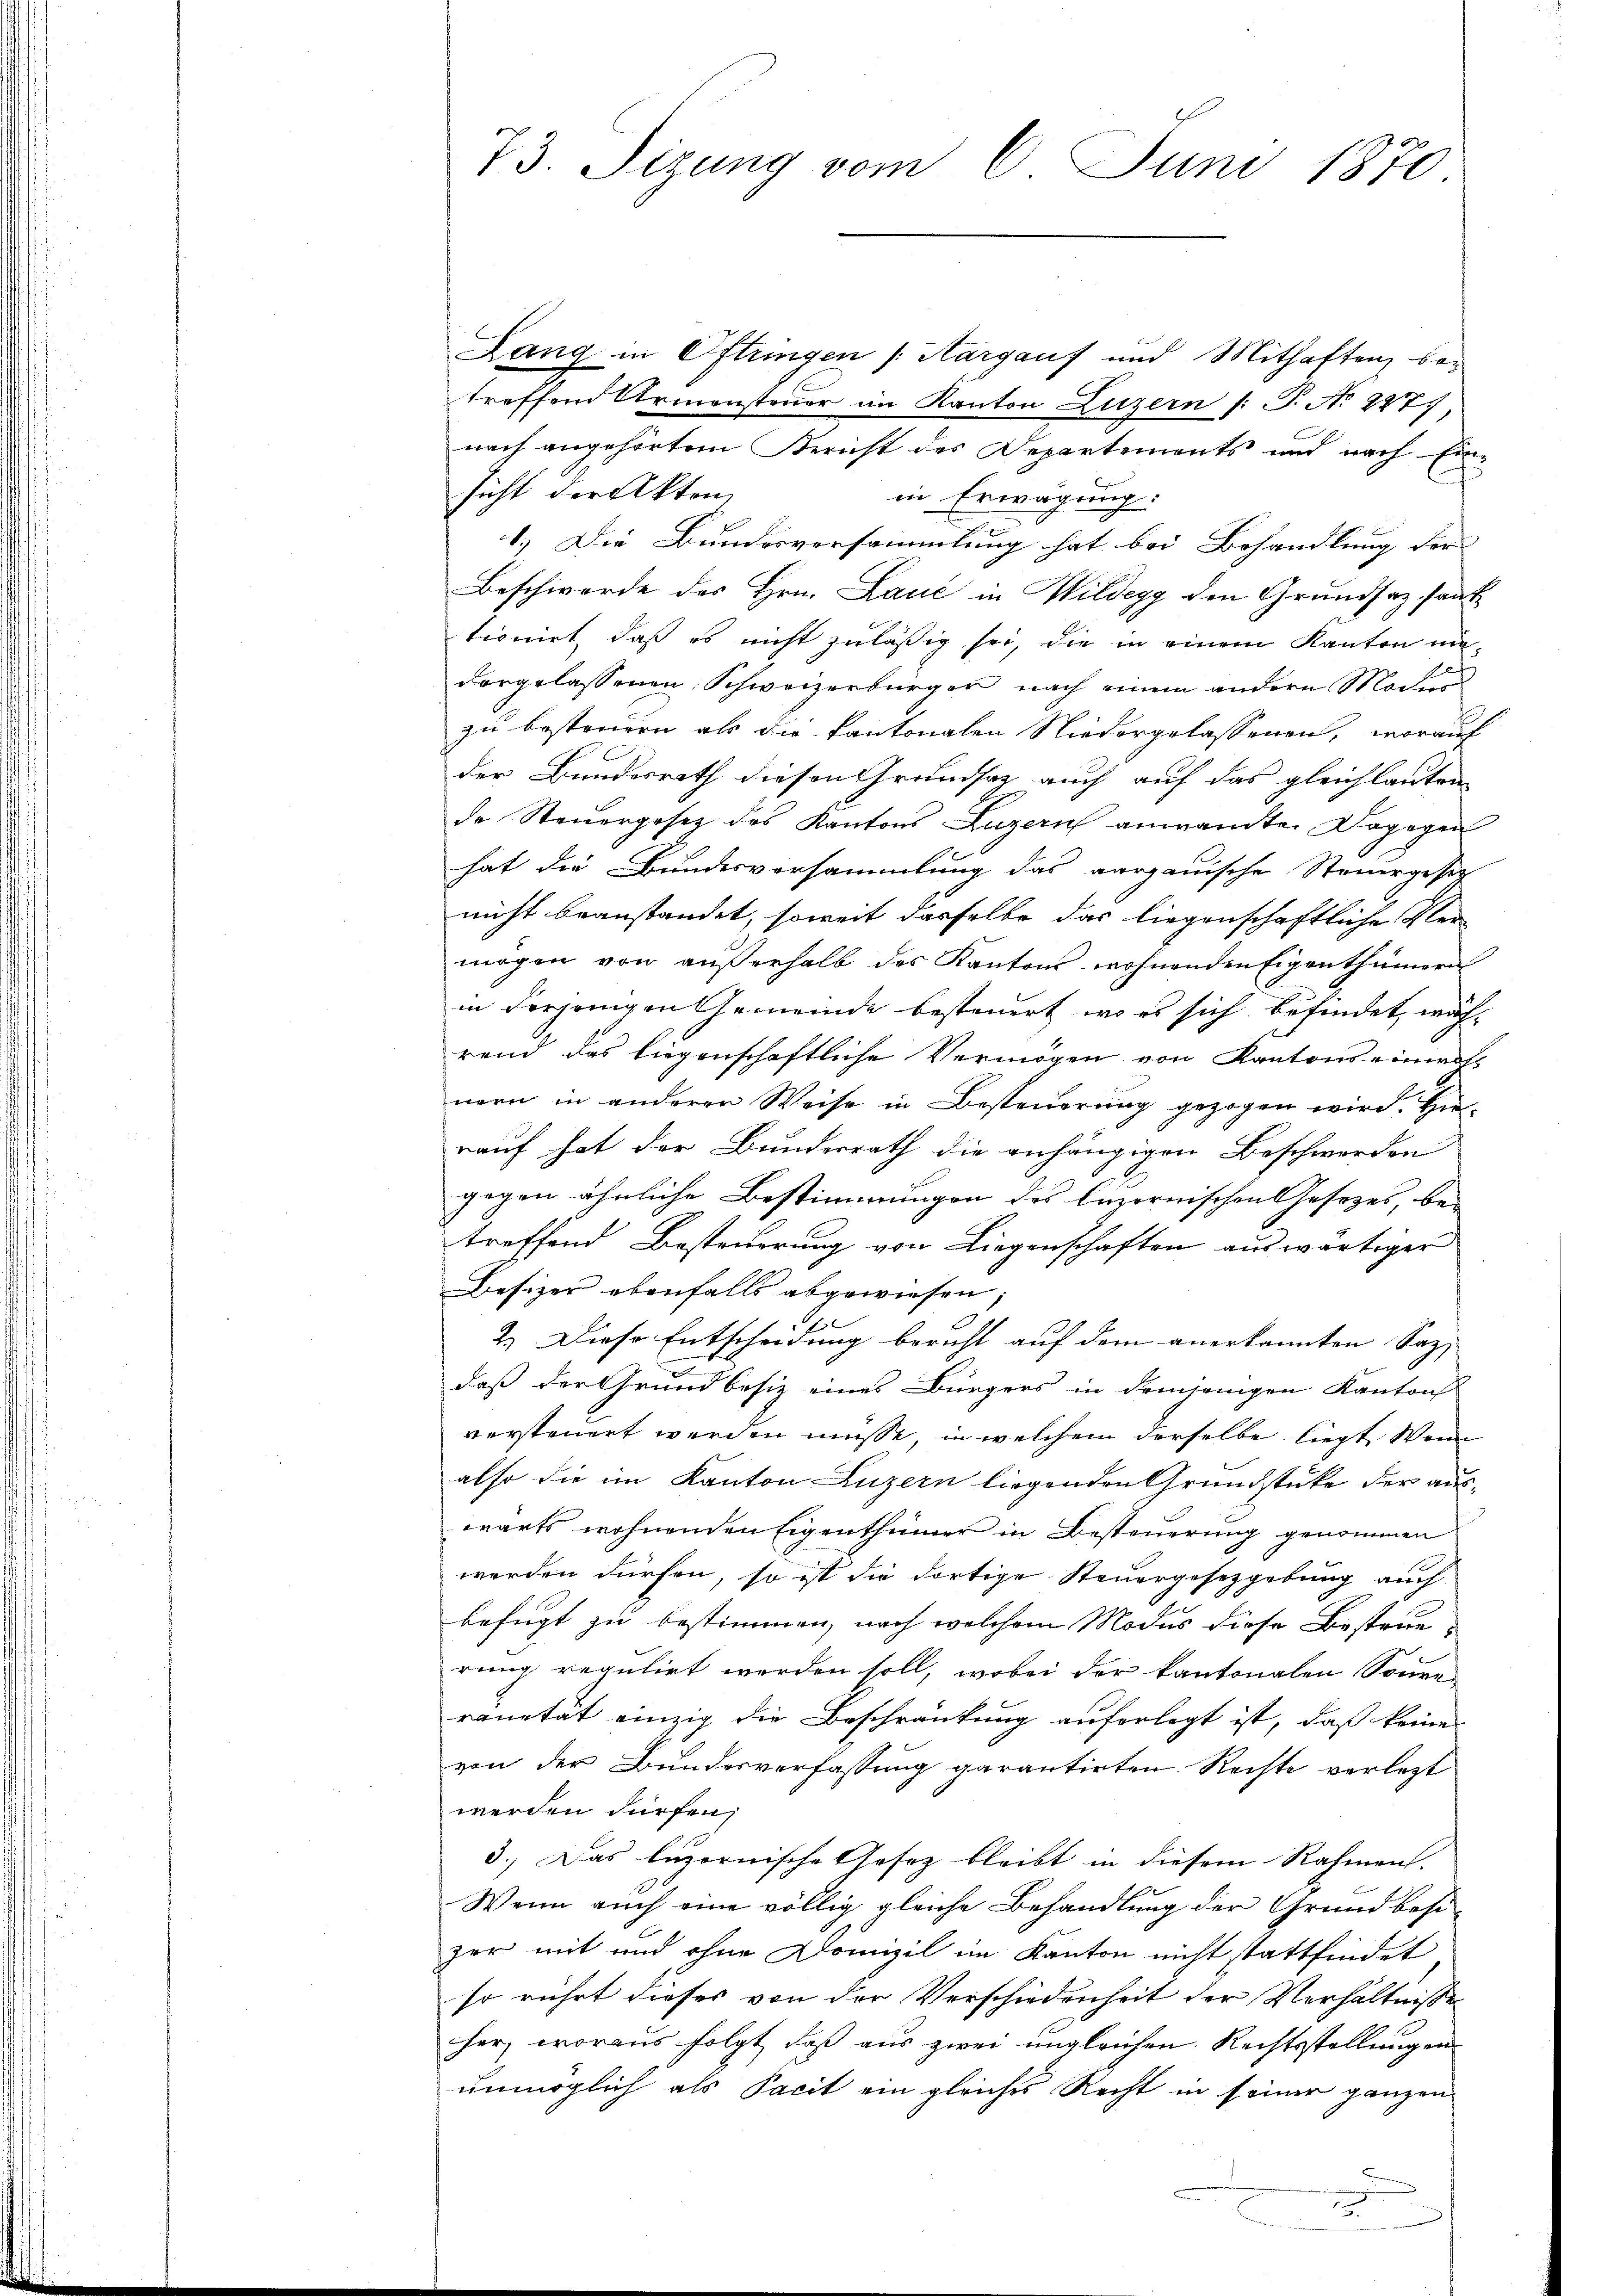
73. Sizung vom 6. Juni 1870.

Lang in Oftringen (Aargauf und Mithaften betreffend Armensteuer im Kanton Luzern (: P. No 227,
nach angehörtem Bericht des Departements und nach Einsicht der Akten
in Erwägung:
.
1.) Die Bundesversammlung hat bei Behandlung der |
Beschwerde des Hrn. Lauć in Mildegg den Grundsaz sont
tionirt, daß es nicht zuläßig sei, die in einem Kanton un¬
5
dargelassenen Schweizerbürger nach einem andere Moder
zu besteuern als die Kantonalen Niedergelassenen, worauf
der Bundesrath diesen Grundsaz auch auf das gleichlauten
de Steuergesetz des Kantons Luzern anwandte. Dagegen
hat die Bundesvorsammlung das aargauische Steuergesetz
nicht beanstandet, soweit dasselbe das liegenschaftliche Ver-
mögen von außerhalb des Kantons wohnenden Eigenthümern
in derjenigen Gemeinde besteuert, wo es sich befindet, wäh-
rend das liegenschaftliche Vermögen von Kantons einnahnern in anderer Weise in Besteuerung gezogen wird. Hierauf hat der Bundesrath die anhängigen Beschwerden
gegen ähnliche Bestimmungen des Luzernischen Gesezes, be-
treffend Besteuerung von Liegenschaften auswärtiger
Besizer ebenfalls abgewiesen |
2.) Diese Entscheidung bericht auf dem anerkannten Saz- |
daß der Grundbesiz eines Bürgers in demjenigen Kanton
vorsteuert werden müsse, in welchem derselbe liegt. Wenn
also die im Kanton Luzern liegenden Grundstücke der auswärts wohnenden Eigenthümer in Besteuerung genommen
werden dürfen, so ist die dortige Steuergesetzgebung auch
befugt zu bestimmen, nach welchem Modus diese Bestruerung regulirt werden soll, wobei der kantonalen Souren
ranität einzig die Beschränkung auferlegt ist, daß keine
von der Bundesverfassung garantirten Rechte verletzt
werden dürfen,
3.) Das Enzornische Gesez bleibt in diesem Rahmen.
Wenn auch eine völlig gleiche Behandlung der Grundbesizer mit und ohne Domizil im Kanton nicht stattfindet
so rührt dieses von der Verschiedenheit der Verhältnisse
her, woraus folgt, daß aus zwei imgleichen Rechtsstellungen
unmöglich als Facit ein gleiches Recht in seiner ganzen
n
e